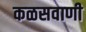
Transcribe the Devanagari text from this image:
कळसवाणी